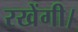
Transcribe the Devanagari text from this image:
रखेंगी।